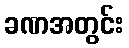
ခဏအတွင်း